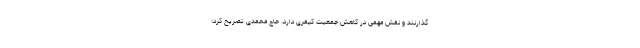
گذارنند و نقش مهمی در کاهش جمعیت کیفری دارد. حاج محمدی تصریح کرد: